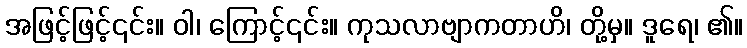
အဖြင့်ဖြင့်၎င်း။ ဝါ၊ ကြောင့်၎င်း။ ကုသလာဗျာကတာဟိ၊ တို့မှ။ ဒူရေ၊ ၏။